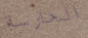
الحارسة